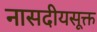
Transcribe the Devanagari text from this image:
नासदीयसूक्त